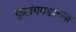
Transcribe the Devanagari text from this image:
कुलंगगडाच्या